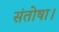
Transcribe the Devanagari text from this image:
संतोषा।